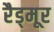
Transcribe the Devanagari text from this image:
रैड्मूर